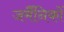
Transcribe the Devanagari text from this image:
जर्मैनिकों